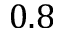
0 . 8